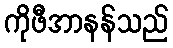
ကိုဖီအာနန်သည်